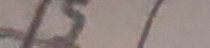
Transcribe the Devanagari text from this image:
छ ।